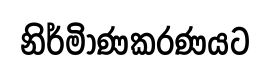
නිර්මිාණකරණයට